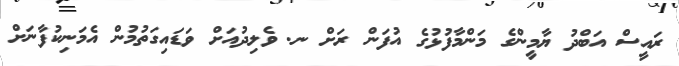
ރައީސް އަބްދު ޔާމީންގެ މަންމާފުޅުގެ އުފަން ރަށް ނ. ވެލިދުއަށް ވަޑައިގަތުމުން އެމަނިކުފާނަށް